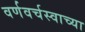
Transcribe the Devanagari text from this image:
वर्णवर्चस्वाच्या